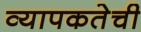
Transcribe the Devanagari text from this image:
व्यापकतेची